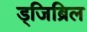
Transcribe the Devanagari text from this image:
ड्जिब्रिल